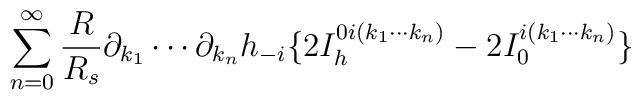
\sum_{n=0}^{\infty} {R \over R_s} \partial_{k_1} \cdots \partial_{k_n} h_{-i} \{2 I_h^{0i(k_1 \cdots k_n)}  - 2I_0^{i(k_1 \cdots k_n)} \}